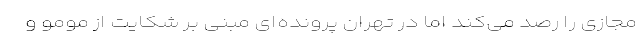
مجازی را رصد می‌کند اما در تهران پرونده‌ای مبنی بر شکایت از مومو و